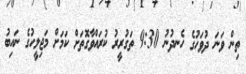
ތިން ވަނަ ދުވަހުގެ ހެނދުނު 9:30 ތަގުރީރު ކުރައްވާގޮތަށް ކަމަށް މަޖިލީހުގެ ނައިބު